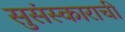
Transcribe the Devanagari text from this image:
सुसंस्काराची